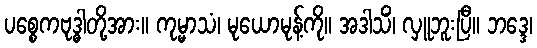
ပစ္စေကဗုဒ္ဓါတို့အား။ ကုမ္မာသံ၊ မုယောမုန့်ကို။ အဒါသိံ၊ လှူဘူးပြီ။ ဘဒ္ဒေ၊